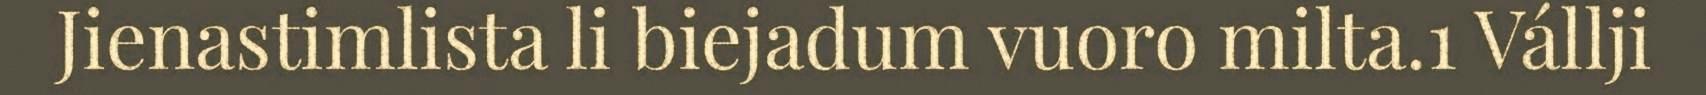
Jienastimlista li biejadum vuoro milta.1 Vállji